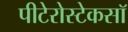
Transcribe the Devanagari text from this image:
पीटेरोस्टेकसॉ